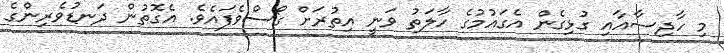
މި ހާދިސާއާއި ގުޅިގެން އެގައުމުގެ ހާލަތު ވަނީ އިތުރަށް ގޯސްވެފައެވެ. އެގޮތުން ދަނޑުވެރިންގެ